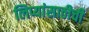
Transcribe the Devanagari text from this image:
लिप्यांसाठीची